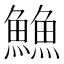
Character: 䲆